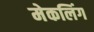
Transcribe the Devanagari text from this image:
मेकलिंग